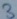
Text: 3